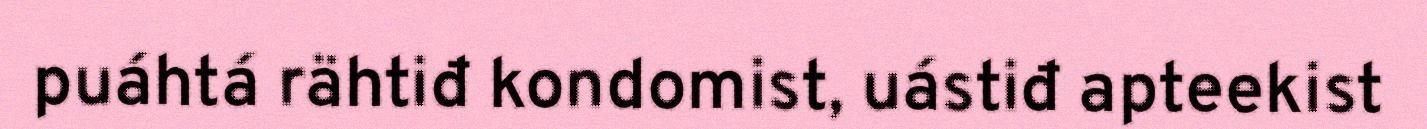
puáhtá rähtiđ kondomist, uástiđ apteekist